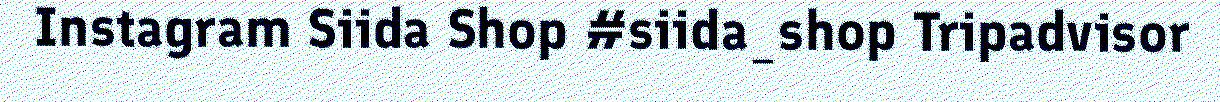
Instagram Siida Shop #siida_shop Tripadvisor